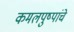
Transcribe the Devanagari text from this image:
कमलपुष्पांचे